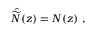
\hat { \widetilde { \cal N } } ( z ) = { \cal N } ( z ) \ ,